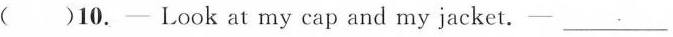
()10.- Look at my cap and my jacket.- ___